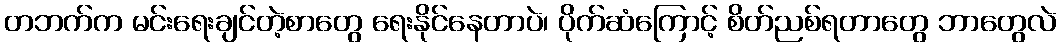
တဘက်က မင်းရေးချင်တဲ့စာတွေ ရေးနိုင်နေတာပဲ၊ ပိုက်ဆံကြောင့် စိတ်ညစ်ရတာတွေ ဘာတွေလဲ